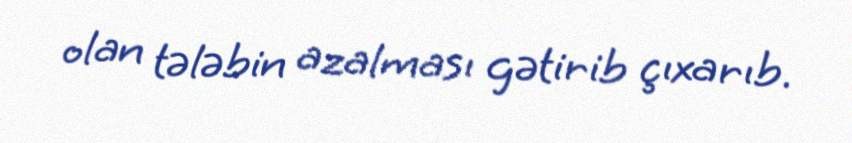
olan tələbin azalması gətirib çıxarıb.